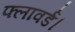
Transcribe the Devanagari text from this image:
फ्लावर्ड।